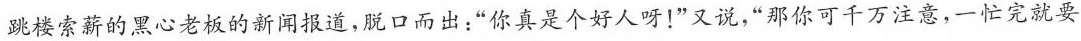
跳楼索薪的黑心老板的新闻报道，脱口而出；”你真是个好人呀！”又说，”那你可千万注意，一忙完就要